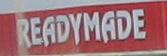
readymade